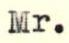
Mr.